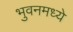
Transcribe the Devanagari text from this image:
भुवनमध्ये